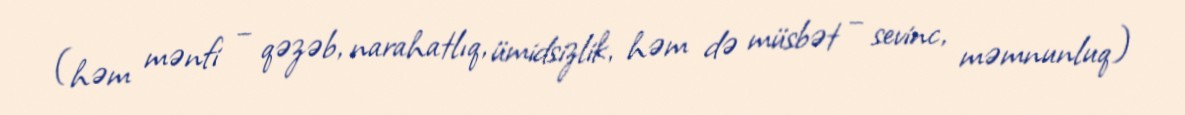
(həm mənfi – qəzəb, narahatlıq, ümidsizlik, həm də müsbət – sevinc, məmnunluq)